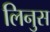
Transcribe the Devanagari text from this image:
लिनुस